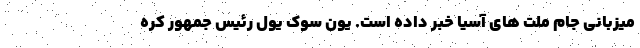
میزبانی جام ملت های آسیا خبر داده است. یون سوک یول رئیس جمهور کره